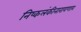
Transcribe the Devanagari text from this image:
निष्कलंकीनारायणाय